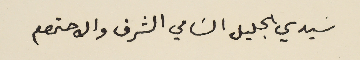
سَيدي الجليل السَامي الشرف والاحترام